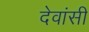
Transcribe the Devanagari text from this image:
देवांसी